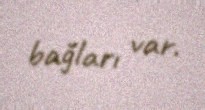
bağları var.